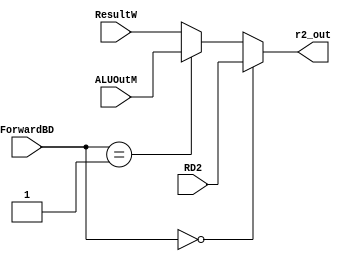
`timescale 1ns / 1ps
//////////////////////////////////////////////////////////////////////////////////
// Company: 
// Engineer: 
// 
// Design Name: 
// Module Name:    ForwardBD_Mulselect 
// Project Name: 
// Target Devices: 
// Tool versions: 
// Description: 
//
// Dependencies: 
//
// Revision: 
// Revision 0.01 - File Created
// Additional Comments: 
//
//////////////////////////////////////////////////////////////////////////////////
module ForwardBD_Mulselect(
    input [1:0]ForwardBD,
	 input [31:0]ALUOutM,
	 input [31:0]RD2,
	 input [31:0]ResultW,
	 output [31:0]r2_out
    );
	 
 assign r2_out = (ForwardBD==2'd0)?RD2:(ForwardBD==2'd1)?ALUOutM:ResultW;


endmodule